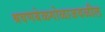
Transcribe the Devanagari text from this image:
श्रवणबेळगोळाजवळील